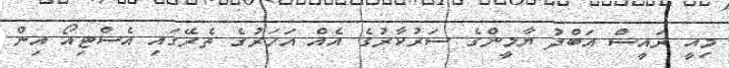
މިއީ ރައީސް އަބްދު ޔާމީންގެ ސަރުކާރުގެ އެއް އަހަރުގެ ތެރޭގައި އެސްޓިއޯ އިން